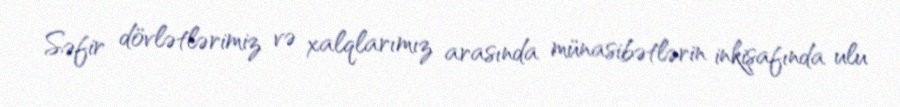
Səfir dövlətlərimiz və xalqlarımız arasında münasibətlərin inkişafında ulu